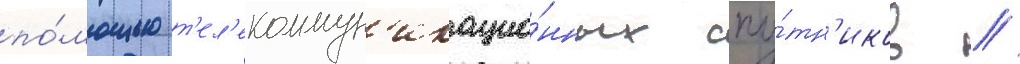
по́мощью т'ел'екоммун'икацио́нных спу́тн'иков //